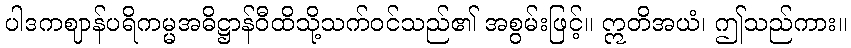
ပါဒကဈာန်ပရိကမ္မအဓိဋ္ဌာန်ဝီထိသို့သက်ဝင်သည်၏ အစွမ်းဖြင့်။ ဣတိအယံ၊ ဤသည်ကား။